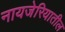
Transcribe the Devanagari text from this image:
नायजेरियातील